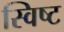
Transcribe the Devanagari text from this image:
स्विष्ट